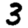
Digit: 3